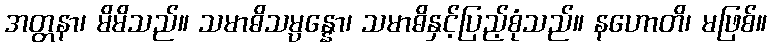
အတ္တနာ၊ မိမိသည်။ သမာဓိသမ္ပန္နော၊ သမာဓိနှင့်ပြည့်စုံသည်။ နဟောတိ၊ မဖြစ်။